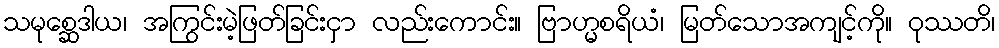
သမုစ္ဆေဒါယ၊ အကြွင်းမဲ့ဖြတ်ခြင်းငှာ လည်းကောင်း။ ဗြာဟ္မစရိယံ၊ မြတ်သောအကျင့်ကို။ ဝုဿတိ၊